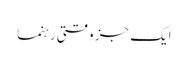
ایک جز وقتی رہنما